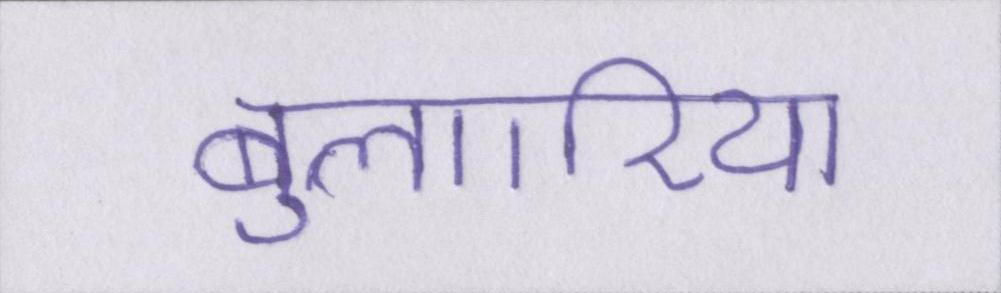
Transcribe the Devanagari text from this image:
बुल्गारिया